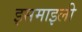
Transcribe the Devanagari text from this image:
इसमाइली